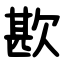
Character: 歁